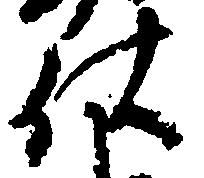
仕